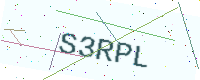
Text: S3RPL